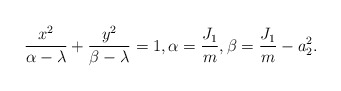
\begin{align*}\frac{x^2}{\alpha-\lambda}+\frac{y^2}{\beta-\lambda}=1,\alpha=\frac{J_1}{m},\beta=\frac{J_1}{m}-a_2^2.\end{align*}